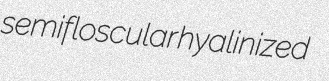
semifloscular hyalinized